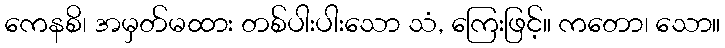
ကေနစိ၊ အမှတ်မထား တစ်ပါးပါးသော သံ, ကြေးဖြင့်။ ကတော၊ သော။